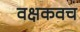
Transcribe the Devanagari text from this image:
वक्षकवच